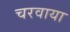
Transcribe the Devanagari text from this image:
चरवाया